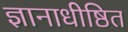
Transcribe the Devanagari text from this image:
ज्ञानाधीष्ठित